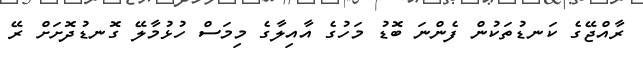
ރާއްޖޭގެ ކަނޑުތަކުން ފެންނަ ބޮޑު މަހުގެ އާއިލާގެ މިމަސް ހުޅުމާލޭ ގޮނޑުދޮށަށް ރޭ